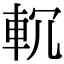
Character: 𨊶